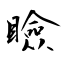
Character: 瞼